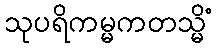
သုပရိကမ္မကတသ္မိံ